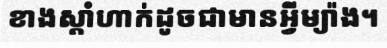
ខាងស្តាំហាក់ដូចជាមានអ្វីម្យ៉ាង។